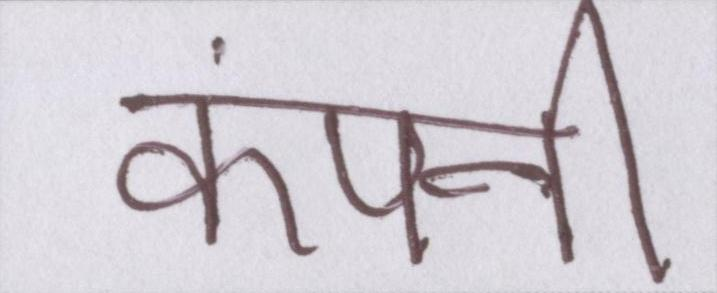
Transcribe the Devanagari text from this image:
कंपनी